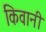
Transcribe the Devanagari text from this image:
किवानी